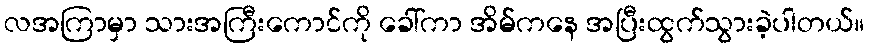
လအကြာမှာ သားအကြီးကောင်ကို ခေါ်ကာ အိမ်ကနေ အပြီးထွက်သွားခဲ့ပါတယ်။